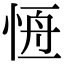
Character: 𢛢